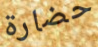
حضارة